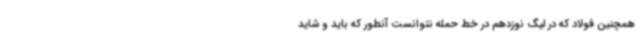
همچنین فولاد که در لیگ نوزدهم در خط حمله نتوانست آنطور که باید و شاید